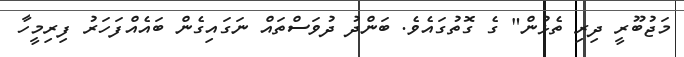
މަޖުބޫރީ ދިރި ތެޅުން" ގެ ގޮތުގައެވެ. ބަންދު ދުވަސްތައް ނަގައިގެން ބައެއްފަހަރު ފިރިމީހާ